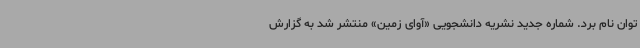
توان نام برد. شماره جدید نشریه دانشجویی «آوای زمین» منتشر شد به گزارش